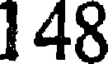
1 48